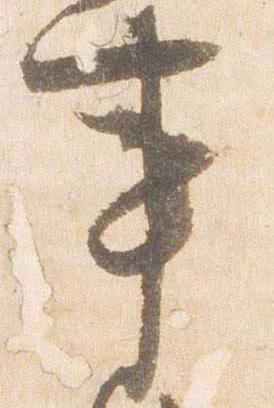
事